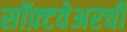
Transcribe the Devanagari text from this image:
सॉफ़्टवेअरची